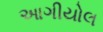
આગીયોલ